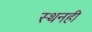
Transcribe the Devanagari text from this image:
स्थनही